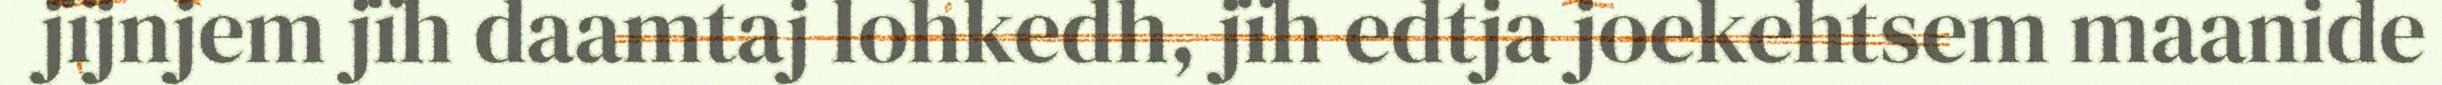
jïjnjem jïh daamtaj lohkedh, jïh edtja joekehtsem maanide